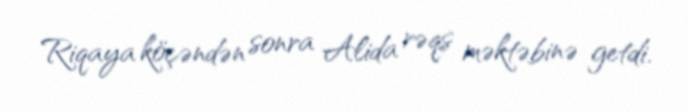
Riqaya köçəndən sonra Alida rəqs məktəbinə getdi.